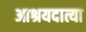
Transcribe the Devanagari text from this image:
आश्रयदात्या